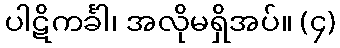
ပါဋိကင်္ခါ၊ အလိုမရှိအပ်။ (၄)